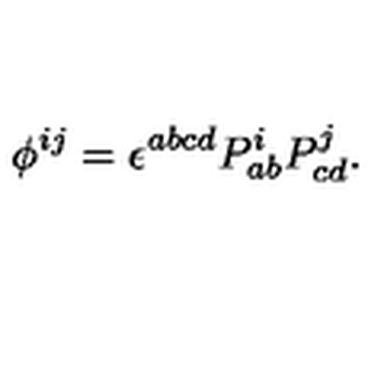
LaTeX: \phi ^ { i j } = \epsilon ^ { a b c d } P _ { a b } ^ { i } P _ { c d } ^ { j } .